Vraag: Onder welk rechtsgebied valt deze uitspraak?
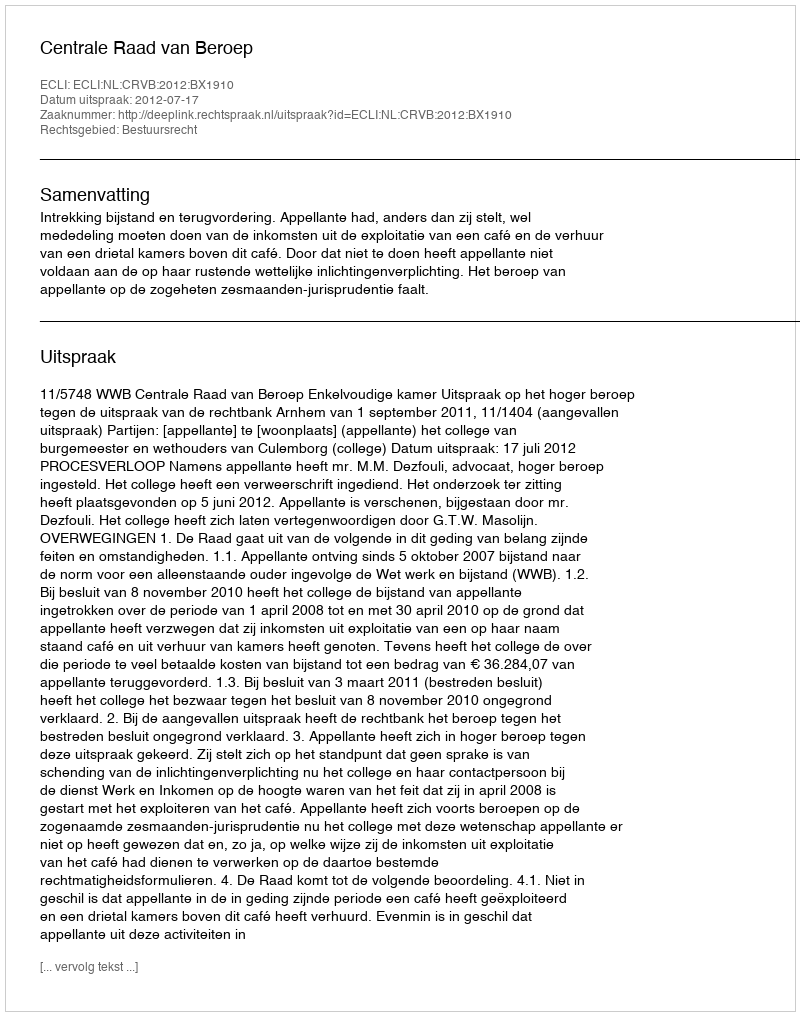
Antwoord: Bestuursrecht